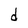
Character: d